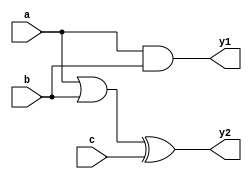
module combinational_logic (
    input wire a,
    input wire b,
    input wire c,
    output reg y1,
    output reg y2
);

// Always block sensitive to changes in a, b, or c
always @ (a, b, c) begin
    // Default values for outputs
    y1 = 1'b0; // Initialize y1 to 0
    y2 = 1'b0; // Initialize y2 to 0

    // Combinational logic assignments
    y1 = a & b;         // Example: AND operation
    y2 = (a | b) ^ c;   // Example: XOR operation with OR of a and b
end

endmodule